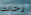
رجالك